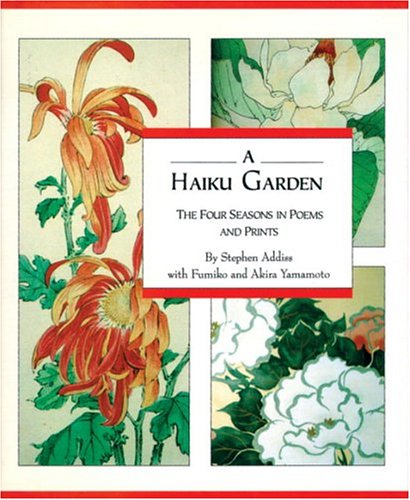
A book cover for Haiku Garden : Four Seasons In Poems And Prints; Stephen Addiss; Literature & Fiction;